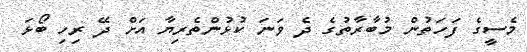
މެސީގެ ފަހަތުން މުބާރާތުގެ ދެ ވަނަ ކުޅުންތެރިޔާ އަށް ދޭ ރިހި ބޯޅަ